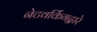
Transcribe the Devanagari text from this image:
नेटवर्किंगद्वारे